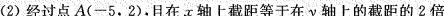
(2) 经过点A(-5，2)，且在轴上截距等于在y轴上的截距的2倍